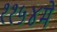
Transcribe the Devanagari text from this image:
११५४में